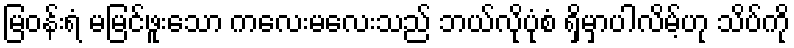
မြဝန်းရံ မမြင်ဖူးသော ကလေးမလေးသည် ဘယ်လိုပုံစံ ရှိမှာပါလိမ့်ဟု သိပ်ကို